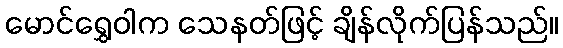
မောင်ရွှေဝါက သေနတ်ဖြင့် ချိန်လိုက်ပြန်သည်။